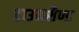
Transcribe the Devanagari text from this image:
टाउनशैण्ड